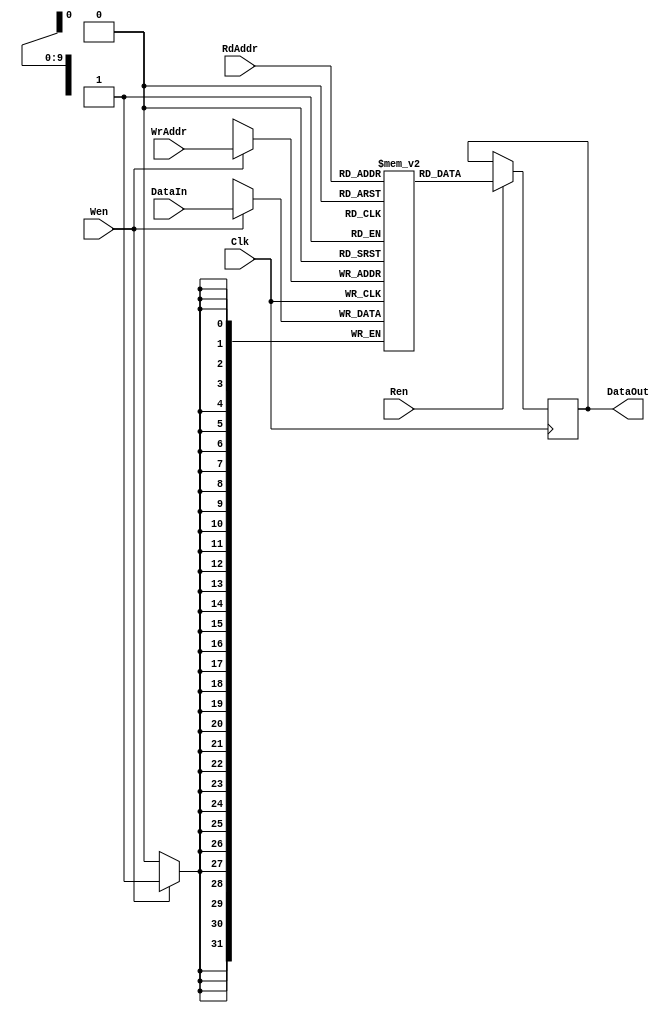
`timescale 1ns / 1ps
//////////////////////////////////////////////////////////////////////////////////
// Company: 
// Engineer: 
// 
// Design Name: 
// Module Name:    SlaveMemBlock 
// Project Name: 
// Target Devices: 
// Tool versions: 
// Description: 
//
// Dependencies: 
//
// Revision: 
// Revision 0.01 - File Created
// Additional Comments: 
//
//////////////////////////////////////////////////////////////////////////////////
module SlaveMemBlock
#(
	parameter DATAWIDTH = 32,
	parameter ADDRWIDTH = 10,
	parameter DELAY = 3
)
(
	DataOut,
	DataIn,
	RdAddr,
	WrAddr,
	Ren,
	Wen,
	Clk
);

output [DATAWIDTH-1:0] DataOut;

input [DATAWIDTH-1:0] DataIn;
input [ADDRWIDTH-1:0] RdAddr;
input [ADDRWIDTH-1:0] WrAddr;

input Ren;
input Wen;
input Clk;

reg [DATAWIDTH-1:0] memory [(2**ADDRWIDTH)-1:0];
reg [DATAWIDTH-1:0] outreg;

integer k;

initial
begin
	for( k=0; k<((2**ADDRWIDTH)); k=k+1)
	begin
		memory[k] = k;
	end
end

/* Write */
always@(posedge Clk)
begin
	if( Wen == 1'b1 )
		memory[WrAddr] <= DataIn;
end

/* Read */
always@(posedge Clk)
begin
	if( Ren == 1'b1 )
		outreg <= #(DELAY) memory[RdAddr];
end

assign DataOut = outreg; 

endmodule